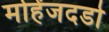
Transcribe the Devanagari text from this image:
मोहेंजदडो